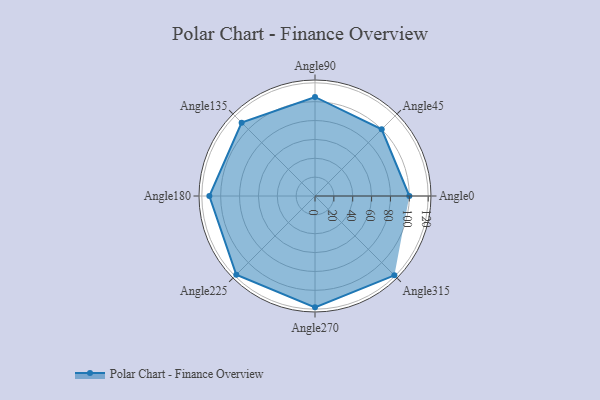
{"axis": {"x": "Angle", "y": "Radius"}, "legend": [""], "data": [{"x": "Angle0", "y": 100.0, "type": ""}, {"x": "Angle45", "y": 100.0, "type": ""}, {"x": "Angle90", "y": 105.0, "type": ""}, {"x": "Angle135", "y": 110.0, "type": ""}, {"x": "Angle180", "y": 112.0, "type": ""}, {"x": "Angle225", "y": 118.0, "type": ""}, {"x": "Angle270", "y": 118.0, "type": ""}, {"x": "Angle315", "y": 119.0, "type": ""}]}